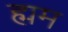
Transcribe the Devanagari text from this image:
ह्मम